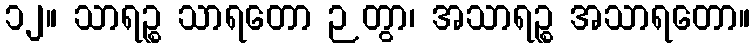
၁၂။ သာရဉ္စ သာရတော ဉတွာ၊ အသာရဉ္စ အသာရတော။